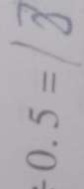
- 0 . 5 = 1 8